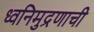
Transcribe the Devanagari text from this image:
ध्वनिमुद्रणाची